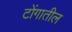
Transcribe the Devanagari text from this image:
टोंगातील